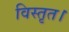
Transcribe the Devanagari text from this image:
विस्तृत।